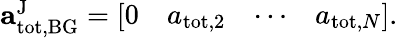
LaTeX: \begin{array}{r}{\mathbf{a}_{\mathrm{tot,BG}}^{\mathrm{J}}=\left[\begin{array}{llll}{0}&{a_{\mathrm{tot,2}}}&{\cdots}&{a_{\mathrm{tot},N}}\end{array}\right].}\end{array}